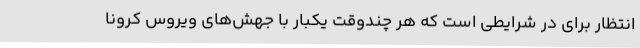
انتظار برای در شرایطی است که هر چندوقت یکبار با جهش‌های ویروس کرونا